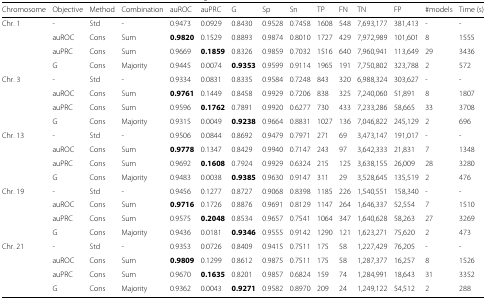
<table><thead><tr><td><b>Chromosome</b></td><td><b>Objective</b></td><td><b>Method</b></td><td><b>Combination</b></td><td><b>auROC</b></td><td><b>auPRC</b></td><td><b>G</b></td><td><b>Sp</b></td><td><b>Sn</b></td><td><b>TP</b></td><td><b>FN</b></td><td><b>TN</b></td><td><b>FP</b></td><td><b>#models</b></td><td><b>Time (s)</b></td></tr></thead><tbody><tr><td>Chr. 1</td><td>-</td><td>Std</td><td>-</td><td>0.9473</td><td>0.0929</td><td>0.8430</td><td>0.9528</td><td>0.7458</td><td>1608</td><td>548</td><td>7,693,177</td><td>381,413</td><td>-</td><td>-</td></tr><tr><td></td><td>auROC</td><td>Cons</td><td>Sum</td><td><b>0.9820</b></td><td>0.1529</td><td>0.8893</td><td>0.9874</td><td>0.8010</td><td>1727</td><td>429</td><td>7,972,989</td><td>101,601</td><td>8</td><td>1555</td></tr><tr><td></td><td>auPRC</td><td>Cons</td><td>Sum</td><td>0.9669</td><td><b>0.1859</b></td><td>0.8326</td><td>0.9859</td><td>0.7032</td><td>1516</td><td>640</td><td>7,960,941</td><td>113,649</td><td>29</td><td>3436</td></tr><tr><td></td><td>G</td><td>Cons</td><td>Majority</td><td>0.9445</td><td>0.0074</td><td><b>0.9353</b></td><td>0.9599</td><td>0.9114</td><td>1965</td><td>191</td><td>7,750,802</td><td>323,788</td><td>2</td><td>572</td></tr><tr><td>Chr. 3</td><td>-</td><td>Std</td><td>-</td><td>0.9334</td><td>0.0831</td><td>0.8335</td><td>0.9584</td><td>0.7248</td><td>843</td><td>320</td><td>6,988,324</td><td>303,627</td><td>-</td><td>-</td></tr><tr><td></td><td>auROC</td><td>Cons</td><td>Sum</td><td><b>0.9761</b></td><td>0.1449</td><td>0.8458</td><td>0.9929</td><td>0.7206</td><td>838</td><td>325</td><td>7,240,060</td><td>51,891</td><td>8</td><td>1807</td></tr><tr><td></td><td>auPRC</td><td>Cons</td><td>Sum</td><td>0.9596</td><td><b>0.1762</b></td><td>0.7891</td><td>0.9920</td><td>0.6277</td><td>730</td><td>433</td><td>7,233,286</td><td>58,665</td><td>33</td><td>3708</td></tr><tr><td></td><td>G</td><td>Cons</td><td>Majority</td><td>0.9315</td><td>0.0049</td><td><b>0.9238</b></td><td>0.9664</td><td>0.8831</td><td>1027</td><td>136</td><td>7,046,822</td><td>245,129</td><td>2</td><td>696</td></tr><tr><td>Chr. 13</td><td>-</td><td>Std</td><td>-</td><td>0.9506</td><td>0.0844</td><td>0.8692</td><td>0.9479</td><td>0.7971</td><td>271</td><td>69</td><td>3,473,147</td><td>191,017</td><td>-</td><td>-</td></tr><tr><td></td><td>auROC</td><td>Cons</td><td>Sum</td><td><b>0.9778</b></td><td>0.1347</td><td>0.8429</td><td>0.9940</td><td>0.7147</td><td>243</td><td>97</td><td>3,642,333</td><td>21,831</td><td>7</td><td>1348</td></tr><tr><td></td><td>auPRC</td><td>Cons</td><td>Sum</td><td>0.9692</td><td><b>0.1608</b></td><td>0.7924</td><td>0.9929</td><td>0.6324</td><td>215</td><td>125</td><td>3,638,155</td><td>26,009</td><td>28</td><td>3280</td></tr><tr><td></td><td>G</td><td>Cons</td><td>Majority</td><td>0.9483</td><td>0.0038</td><td><b>0.9385</b></td><td>0.9630</td><td>0.9147</td><td>311</td><td>29</td><td>3,528,645</td><td>135,519</td><td>2</td><td>476</td></tr><tr><td>Chr. 19</td><td>-</td><td>Std</td><td>-</td><td>0.9456</td><td>0.1277</td><td>0.8727</td><td>0.9068</td><td>0.8398</td><td>1185</td><td>226</td><td>1,540,551</td><td>158,340</td><td>-</td><td>-</td></tr><tr><td></td><td>auROC</td><td>Cons</td><td>Sum</td><td><b>0.9716</b></td><td>0.1726</td><td>0.8876</td><td>0.9691</td><td>0.8129</td><td>1147</td><td>264</td><td>1,646,337</td><td>52,554</td><td>7</td><td>1510</td></tr><tr><td></td><td>auPRC</td><td>Cons</td><td>Sum</td><td>0.9575</td><td><b>0.2048</b></td><td>0.8534</td><td>0.9657</td><td>0.7541</td><td>1064</td><td>347</td><td>1,640,628</td><td>58,263</td><td>27</td><td>3269</td></tr><tr><td></td><td>G</td><td>Cons</td><td>Majority</td><td>0.9436</td><td>0.0181</td><td><b>0.9346</b></td><td>0.9555</td><td>0.9142</td><td>1290</td><td>121</td><td>1,623,271</td><td>75,620</td><td>2</td><td>473</td></tr><tr><td>Chr. 21</td><td>-</td><td>Std</td><td>-</td><td>0.9353</td><td>0.0726</td><td>0.8409</td><td>0.9415</td><td>0.7511</td><td>175</td><td>58</td><td>1,227,429</td><td>76,205</td><td>-</td><td>-</td></tr><tr><td></td><td>auROC</td><td>Cons</td><td>Sum</td><td><b>0.9809</b></td><td>0.1299</td><td>0.8612</td><td>0.9875</td><td>0.7511</td><td>175</td><td>58</td><td>1,287,377</td><td>16,257</td><td>8</td><td>1526</td></tr><tr><td></td><td>auPRC</td><td>Cons</td><td>Sum</td><td>0.9670</td><td><b>0.1635</b></td><td>0.8201</td><td>0.9857</td><td>0.6824</td><td>159</td><td>74</td><td>1,284,991</td><td>18,643</td><td>31</td><td>3352</td></tr><tr><td></td><td>G</td><td>Cons</td><td>Majority</td><td>0.9362</td><td>0.0043</td><td><b>0.9271</b></td><td>0.9582</td><td>0.8970</td><td>209</td><td>24</td><td>1,249,122</td><td>54,512</td><td>2</td><td>288</td></tr></tbody></table>